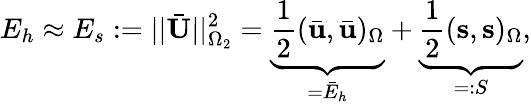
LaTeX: E_{h}\approx E_{s}:=||\bar{\mathbf{U}}||_{\Omega_{2}}^{2}=\underbrace{\frac{1}{2}(\bar{\mathbf{u}},\bar{\mathbf{u}})_{\Omega}}_{=\bar{E}_{h}}+\underbrace{\frac{1}{2}(\mathbf{s},\mathbf{s})_{\Omega}}_{=:S},